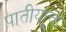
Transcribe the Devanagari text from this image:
पातीयाचा